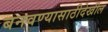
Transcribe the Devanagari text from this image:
बनवण्यासाठीदेखील